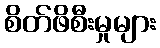
စိတ်ဖိစီးမှုများ